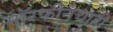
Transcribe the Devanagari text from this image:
मॉरफीनचाही